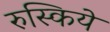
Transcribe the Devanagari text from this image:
रुस्किये